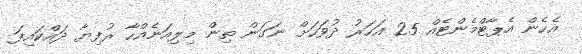
އެހެން އެޕާޓްމެންޓެއް 25 އަހަރު ދުވަހަށް ނަގަން ތިން މިލިއަނެއްހާ ރުފިޔާ ދައްކައިފަ